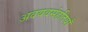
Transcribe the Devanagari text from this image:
अवयवसंहतियाँ